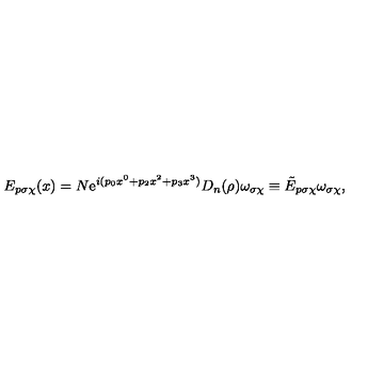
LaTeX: E _ { p \sigma \chi } ( x ) = N \mathrm { e } ^ { i ( p _ { 0 } x ^ { 0 } + p _ { 2 } x ^ { 2 } + p _ { 3 } x ^ { 3 } ) } D _ { n } ( \rho ) \omega _ { \sigma \chi } \equiv \tilde { E } _ { p \sigma \chi } \omega _ { \sigma \chi } ,